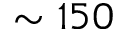
\sim 1 5 0